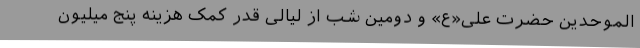
الموحدین حضرت علی«ع» و دومین شب از لیالی قدر کمک هزینه پنج میلیون